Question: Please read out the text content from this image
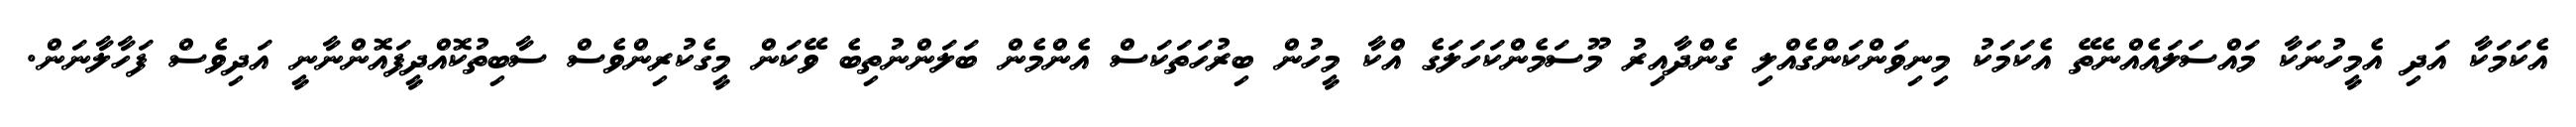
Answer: އެކަމަކާ އަދި އެމީހުނަކާ މައްސަލައެއްނެތޭ އެކަމަކު މިނިވަންކަންގެއްލި ގެންދާއިރު މޫސަމެންކަހަލަގެ އްކާ މީހުން ބިރުހަތަކަސް އެންމެން ބަލަންނުތިބެ ވޭކަން މީގެކުރިންވެސް ސާބިތުކޮއްދީފައޮންނާނީ އަދިވެސް ފަހާލާނަން.